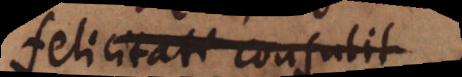
felicitati consulit